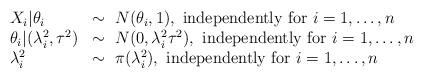
LaTeX: \begin{align*} \begin{array}{ll} X_i|\theta_i &\sim \mbox{ } N(\theta_i,1), \mbox{ independently for } i=1,\dots,n\\ \theta_{i}|(\lambda_i^2, \tau^2) &\sim \mbox{ }N(0,\lambda_i^2\tau^2), \mbox{ independently for } i=1,\dots,n \\ \lambda_i^2 &\sim \mbox{ } \pi(\lambda_i^2), \mbox{ independently for } i=1,\dots,n \end{array} \end{align*}